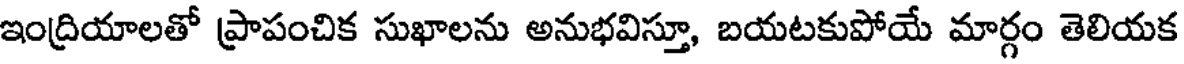
ఇంద్రియాలతో ప్రాపంచిక సుఖాలను అనుభవిస్తూ, బయటకుపోయే మార్గం తెలియక